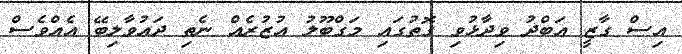
އިސް ގާޒީ އަބްދު ވިދާޅުވި ގޮތުގައި މަގްބޫލު އުޒުރެއް ނެތި ދައުވާލިބޭ އެއްވެސް